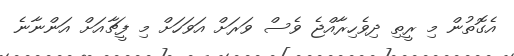
އެގޮތުން މި ރީތި ދިވެހިރާއްޖެ ވެސް ވަރަށް އަވަހަށް މި ފީޗާއަށް އަންނާނެ